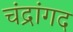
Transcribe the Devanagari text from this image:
चंद्रांगद